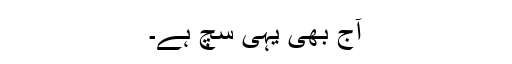
آج بھی یہی سچ ہے۔